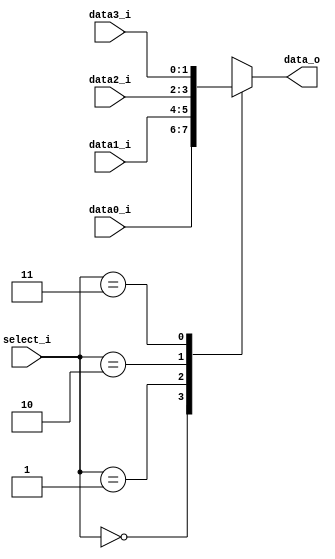
//Subject:     CO project 3 
//--------------------------------------------
//Student: 0411276 Chen Yi An
//Student: 0413335 Kuo Yi Lin
//--------------------------------------------
     
module MUX_4to1(
               data0_i,
               data1_i,
               data2_i,
               data3_i,
               select_i,
               data_o
               );

parameter size = 0;			   
			
//I/O ports               
input   [size-1:0] data0_i;          
input   [size-1:0] data1_i;
input   [size-1:0] data2_i;
input   [size-1:0] data3_i;
input   [2-1:0]    select_i;
output  [size-1:0] data_o; 

//Internal Signals
reg     [size-1:0] data_o;

//Main function
always @(*)begin
    case ( select_i)
        2'b00:data_o <=data0_i;
        2'b01:data_o <=data1_i;
        2'b10:data_o <=data2_i;
        2'b11:data_o <=data3_i;
        default: 
            data_o <= data0_i;
    endcase
end
endmodule